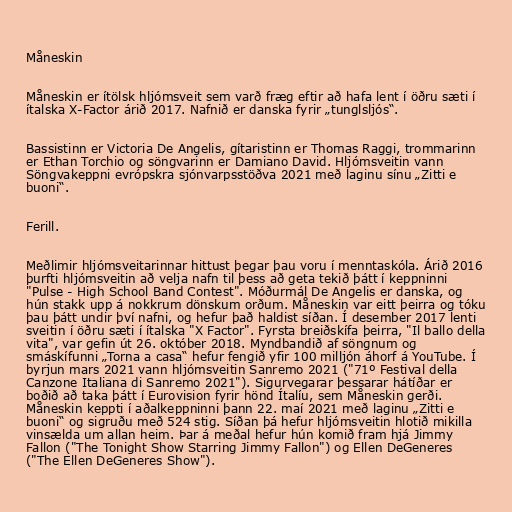
Måneskin

Måneskin er ítölsk hljómsveit sem varð fræg eftir að hafa lent í öðru sæti í
ítalska X-Factor árið 2017. Nafnið er danska fyrir „tunglsljós“.

Bassistinn er Victoria De Angelis, gítaristinn er Thomas Raggi, trommarinn
er Ethan Torchio og söngvarinn er Damiano David. Hljómsveitin vann
Söngvakeppni evrópskra sjónvarpsstöðva 2021 með laginu sínu „Zitti e
buoni“.

Ferill.

Meðlimir hljómsveitarinnar hittust þegar þau voru í menntaskóla. Árið 2016
þurfti hljómsveitin að velja nafn til þess að geta tekið þátt í keppninni
"Pulse - High School Band Contest". Móðurmál De Angelis er danska, og
hún stakk upp á nokkrum dönskum orðum. Måneskin var eitt þeirra og tóku
þau þátt undir því nafni, og hefur það haldist síðan. Í desember 2017 lenti
sveitin í öðru sæti í ítalska "X Factor". Fyrsta breiðskífa þeirra, "Il ballo della
vita", var gefin út 26. október 2018. Myndbandið af söngnum og
smáskífunni „Torna a casa“ hefur fengið yfir 100 milljón áhorf á YouTube. Í
byrjun mars 2021 vann hljómsveitin Sanremo 2021 ("71º Festival della
Canzone Italiana di Sanremo 2021"). Sigurvegarar þessarar hátíðar er
boðið að taka þátt í Eurovision fyrir hönd Ítalíu, sem Måneskin gerði.
Måneskin keppti í aðalkeppninni þann 22. maí 2021 með laginu „Zitti e
buoni“ og sigruðu með 524 stig. Síðan þá hefur hljómsveitin hlotið mikilla
vinsælda um allan heim. Þar á meðal hefur hún komið fram hjá Jimmy
Fallon ("The Tonight Show Starring Jimmy Fallon") og Ellen DeGeneres
("The Ellen DeGeneres Show").